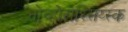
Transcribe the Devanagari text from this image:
नोव्होरोस्सिय्स्क